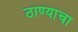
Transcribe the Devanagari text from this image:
ठाण्याचा